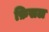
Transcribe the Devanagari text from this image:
फ़िसल